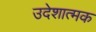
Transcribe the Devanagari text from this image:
उदेशात्मक